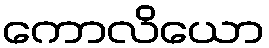
ကောလိယော